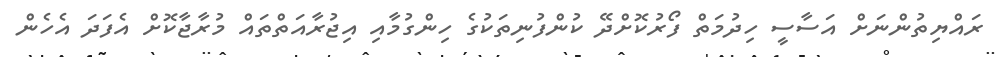
ރައްޔިތުންނަށް އަސާސީ ހިދުމަތް ފޯރުކޮށްދޭ ކުންފުނިތަކުގެ ހިންގުމާއި އިޖުރާއަތްތައް މުރާޖާކޮށް އެފަދަ އެހެން